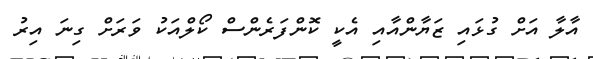
އާލާ އަށް ގުޅައި ޒަޔާންއާއި އެކީ ކޮންފަރެންސް ކޯލްއަކު ވަރަށް ގިނަ އިރު